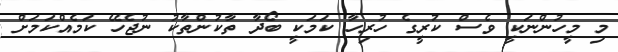
މި މީހުންނަކީ ވެސް ކުރީގެ ހުރިހާ ކަމަކީ ބޯދާ ތާކުންތާކު ނުޖެހޭ ކަމެއްކަމަށް